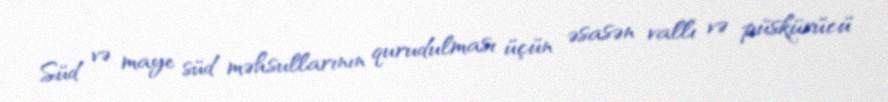
Süd və maye süd məhsullarının qurudulması üçün əsasən vallı və püskürücü